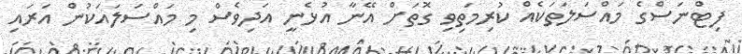
ފިޓްނަސްގެ މައްސަލަތަކެއް ކުރިމަތިވި ގޮތަށް އޭނާ އުޅެނީ އަދިވެސް މި މައްސަލައަކުން އަރައި